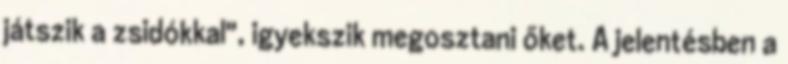
játszik a zsidókkal", igyekszik megosztani őket. A jelentésben a